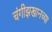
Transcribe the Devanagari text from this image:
चंगीझखानच्या